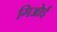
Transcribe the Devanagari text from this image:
गिओई